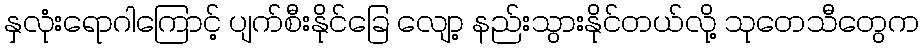
နှလုံးရောဂါကြောင့် ပျက်စီးနိုင်ခြေ လျော့ နည်းသွားနိုင်တယ်လို့ သုတေသီတွေက